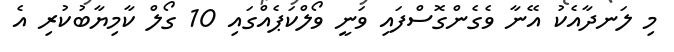
މި ލަނދާއެކު އޭނާ ވެގެންގޮސްފައި ވަނީ ވޯލްކަޕެއްގައި 10 ގޯލް ކާމިޔާބުކުރި އެ